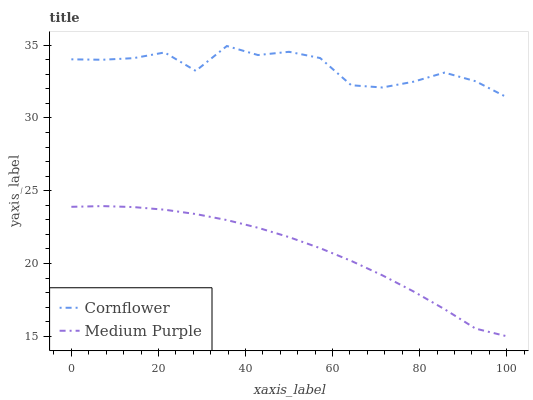
| xaxis_label | Cornflower | Medium Purple |
 | --- | --- | --- |
 | 0 | 34 | 23.9 |
 | 7.14 | 34 | 23.9 |
 | 14.3 | 34.1 | 23.9 |
 | 21.4 | 34.5 | 23.7 |
 | 28.6 | 33.2 | 23.4 |
 | 35.7 | 34.9 | 23 |
 | 42.9 | 34.3 | 22.5 |
 | 50 | 34.5 | 21.8 |
 | 57.1 | 34.1 | 21.1 |
 | 64.3 | 32.2 | 20.2 |
 | 71.4 | 32.1 | 19.2 |
 | 78.6 | 32.5 | 18.1 |
 | 85.7 | 33.1 | 16.9 |
 | 92.9 | 32.5 | 15.5 |
 | 100 | 31.4 | 15 |